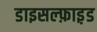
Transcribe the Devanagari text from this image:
डाइसल्फ़ाइ़ड